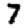
Digit: 7